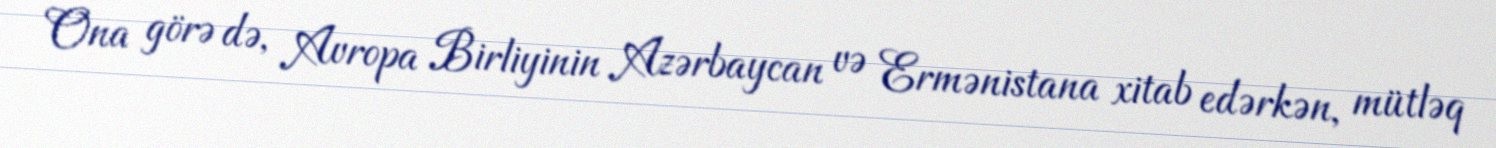
Ona görə də, Avropa Birliyinin Azərbaycan və Ermənistana xitab edərkən, mütləq